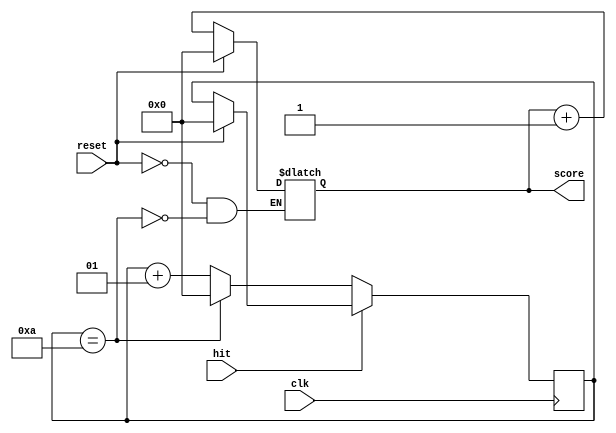
`timescale 1ns / 1ps
//////////////////////////////////////////////////////////////////////////////////
// Company: 
// Engineer: 
// 
// Design Name: 
// Module Name: score_count
// Project Name: 
// Target Devices: 
// Tool Versions: 
// Description: 
// 
// Dependencies: 
// 
// Revision:
// Revision 0.01 - File Created
// Additional Comments:
// 
//////////////////////////////////////////////////////////////////////////////////


module score_count(
    input clk,
    input hit,
    input reset,
    output [31:0] score
    );
    
    reg [31:0] score_reg;
    reg reset_mem;
    integer count;
    
    initial begin
        score_reg = 5;
        count = 0;
    end

    always @(posedge clk) begin
        if (reset) count <= 0;
        if (~hit) begin
            if (count == 10) count <= 0;
            else count <= count + 1;
        end
    end
    
    always @(count) begin
        if (count == 10) score_reg <= score_reg + 1;
        if (reset) score_reg <= 0;
    end
    
    assign score = score_reg;
    
endmodule